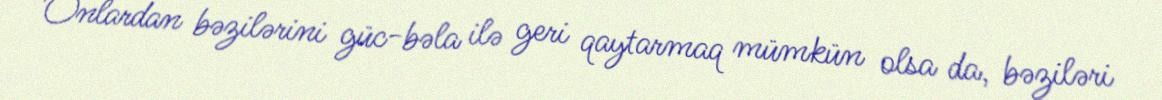
Onlardan bəzilərini güc-bəla ilə geri qaytarmaq mümkün olsa da, bəziləri